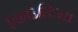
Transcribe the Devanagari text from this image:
एकाउस्टिक्स